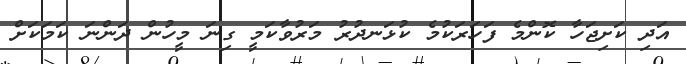
އަދި ކަށިޖަހާ ކޮންމެ ފަހަރަކުމެ ކުޅަނދުރު މަރުވާކަމީ ގިނަ މީހުން ދަންނަ ކަމަކަށް